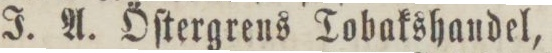
J. A. Öſtergrens Tobakshandel,